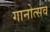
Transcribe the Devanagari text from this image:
गानोत्सव